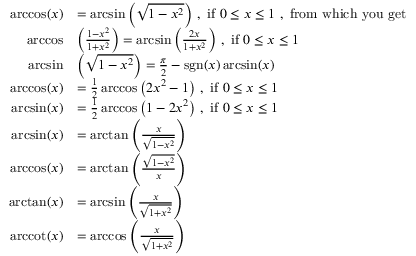
{ \begin{array} { r l } { \operatorname { a r c c o s } ( x ) } & { = \arcsin \left( { \sqrt { 1 - x ^ { 2 } } } \right) \, , { \mathrm { ~ i f ~ } } 0 \leq x \leq 1 { \mathrm { ~ , ~ f r o m ~ w h i c h ~ y o u ~ g e t ~ } } } \\ { \operatorname { a r c c o s } } & { \left( { \frac { 1 - x ^ { 2 } } { 1 + x ^ { 2 } } } \right) = \arcsin \left( { \frac { 2 x } { 1 + x ^ { 2 } } } \right) \, , { \mathrm { ~ i f ~ } } 0 \leq x \leq 1 } \\ { \arcsin } & { \left( { \sqrt { 1 - x ^ { 2 } } } \right) = { \frac { \pi } { 2 } } - \operatorname { s g n } ( x ) \arcsin ( x ) } \\ { \operatorname { a r c c o s } ( x ) } & { = { \frac { 1 } { 2 } } \operatorname { a r c c o s } \left( 2 x ^ { 2 } - 1 \right) \, , { \mathrm { ~ i f ~ } } 0 \leq x \leq 1 } \\ { \arcsin ( x ) } & { = { \frac { 1 } { 2 } } \operatorname { a r c c o s } \left( 1 - 2 x ^ { 2 } \right) \, , { \mathrm { ~ i f ~ } } 0 \leq x \leq 1 } \\ { \arcsin ( x ) } & { = \arctan \left( { \frac { x } { \sqrt { 1 - x ^ { 2 } } } } \right) } \\ { \operatorname { a r c c o s } ( x ) } & { = \arctan \left( { \frac { \sqrt { 1 - x ^ { 2 } } } { x } } \right) } \\ { \arctan ( x ) } & { = \arcsin \left( { \frac { x } { \sqrt { 1 + x ^ { 2 } } } } \right) } \\ { \operatorname { a r c c o t } ( x ) } & { = \operatorname { a r c c o s } \left( { \frac { x } { \sqrt { 1 + x ^ { 2 } } } } \right) } \end{array} }